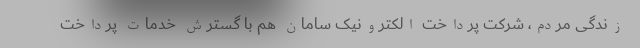
زندگی مردم، شرکت پرداخت الکترونیک سامان هم با گسترش خدمات پرداخت